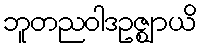
ဘူတညဝါဒဥဇ္ဈာယိ